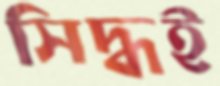
সিদ্ধই